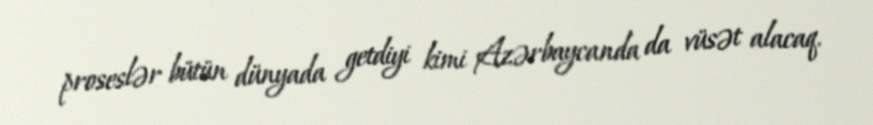
proseslər bütün dünyada getdiyi kimi Azərbaycanda da vüsət alacaq.